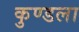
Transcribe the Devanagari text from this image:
कुण्डला